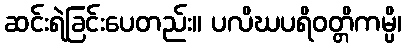
ဆင်းရဲခြင်းပေတည်း။ ပလိဃပရိဝတ္တိကမ္ပိ၊